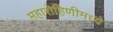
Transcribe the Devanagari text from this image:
महारोहिणीमध्ये